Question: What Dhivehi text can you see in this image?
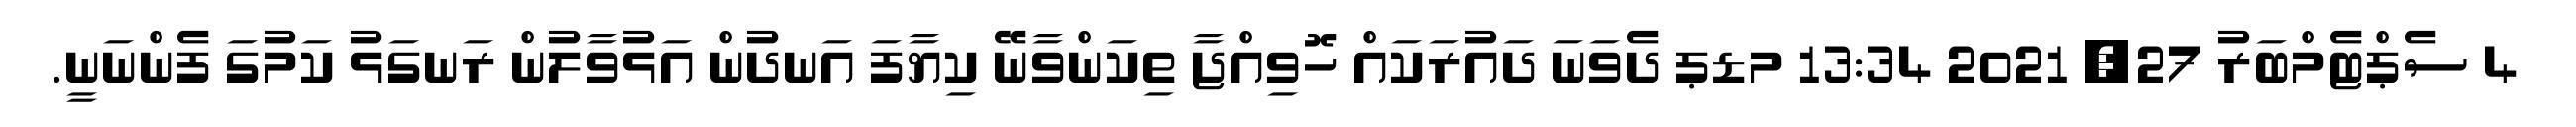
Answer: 4 ސެޕްޓެމްބަރު 27, 2021 13:34 މޑޕ ދެވަނަ ދައުރަކައް ހޮވިއްޖާ ތިކަންވާނޭ ކިޔާފަ އަނދުން އަޅުވާލުން ރަނގަޅު ކަމުގަ ފެންނަނީ.